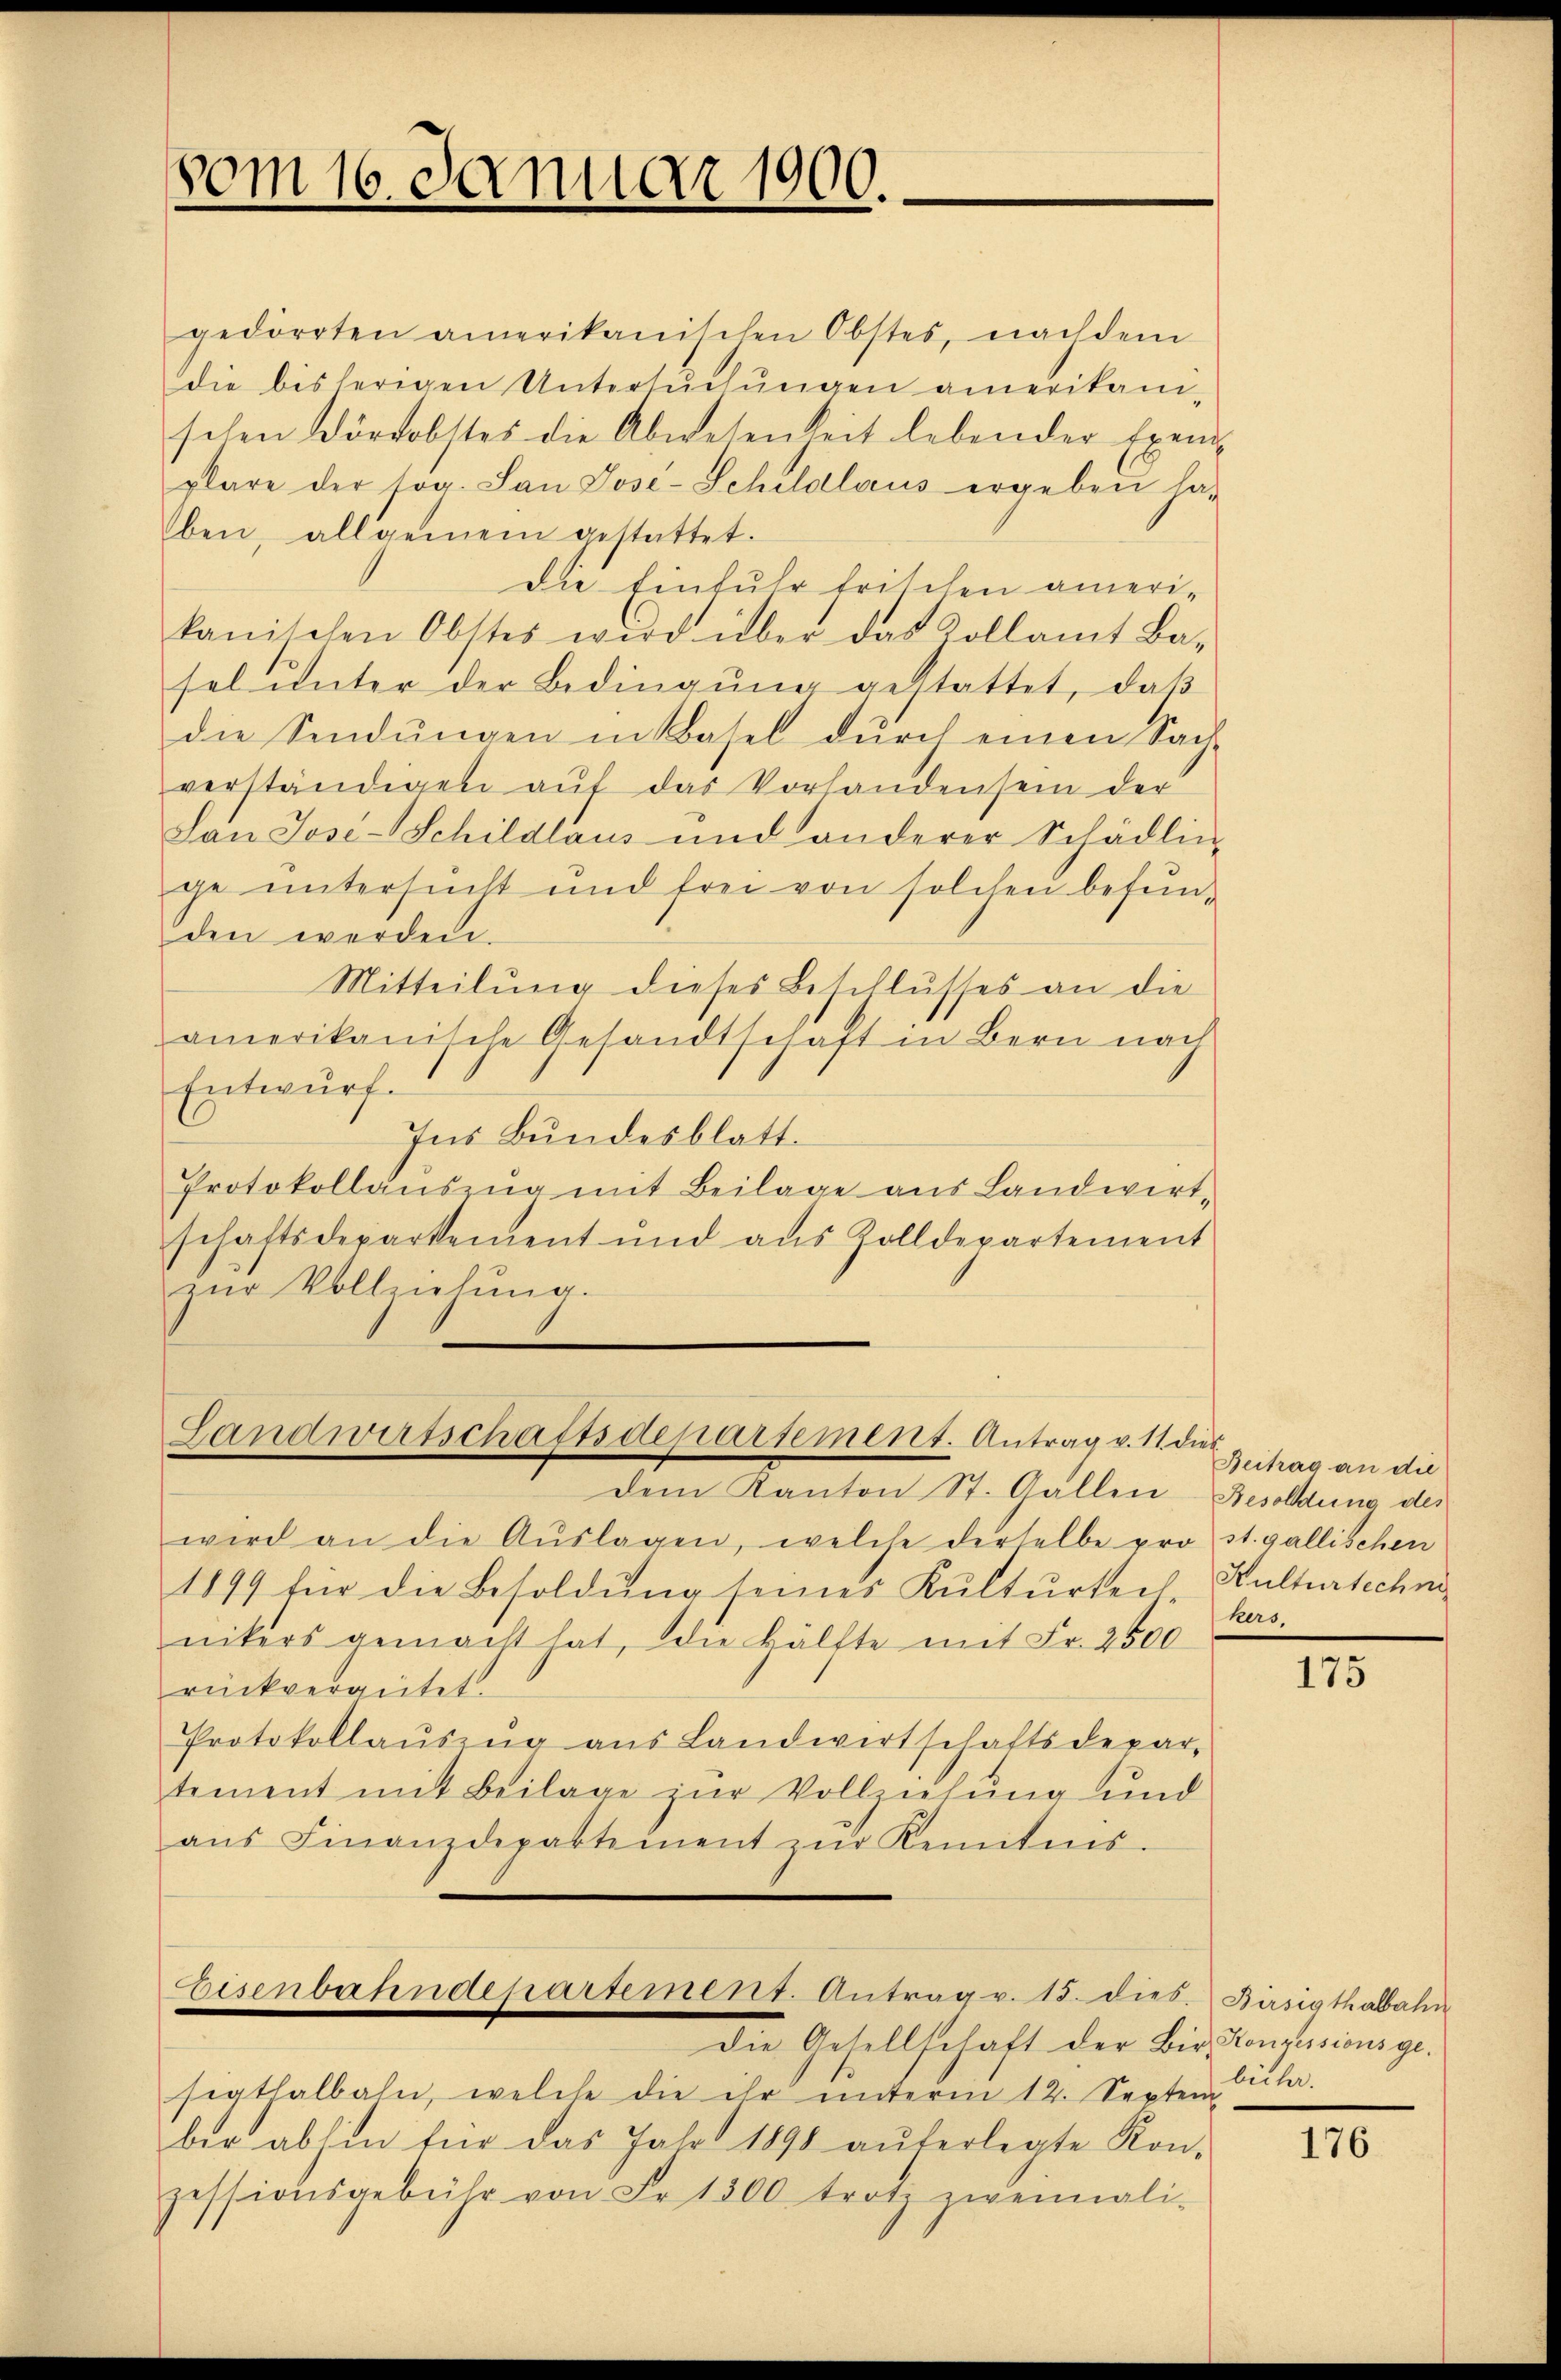
vom 16. Januar 1900.

gedörrten amerikanischen Obstes, nachdem
die bisherigen Untersŭchŭngen amerikani-
schen Wörtobstes die Abwesenheit lebender Exem-
plare der sog. San Jose-Schilalaus ergeben ha-
ben, allgemein gestattet.
Die Einfuhr frischen ameri-
kanischen Obstes wird über das Kollamt Ba-
sel ŭnter der Bedingŭng gestattet, daβ
die Sendŭngen in Basel dŭrch einen Sach-
verständigen aŭf das Vorhandensein der
Lan Jose-Schildlaus und anderer Schädlin-
ge untersucht und frei von solchen befunden werden.
Mitteilung dieses Beschlusses an die
amerikanische Gesandtschaft in Bern nach
Entwurf.
Ins Bundesblatt.
Protokollauszug mit Beilage aus Landwirt-
schaftsdepartement und aus Zolldepartement
zŭr Vollziehŭng.

Landwirtschaftsdepartement. Antrag v. 11 dies

Dem Kanton St. Gallen
wird an die Aŭslagen, welche derselbe pro st. gallischen
1899 für die Besoldŭng seines Kulturteil-
nikers gemacht hat, die Hälfte mit Fr. 2500
rückvergütet.
Protokollaŭszŭg aŭs Landwirtschaftsdepar-
tement mit Beilage zŭr Vollziehung und
aŭs Finanzdepartement zŭr Kenntnis-
Eisenbahndepartement. Antrag v. 13. Dieb. Birsipthalbahn
die Gesellschaft der Bis Constitionsgesigthalbahn, welche die ihr ŭnterm 12. Septemberler.
ber abhin für das Jahr 1890 anferlegte Kon-
zessionsgebühr von Fr. 1800 trotz zweimali-

Beitrag an die
Besoldung des
Kulturtechni
hers.

175

176.